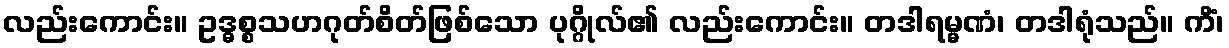
လည်းကောင်း။ ဥဒ္ဓစ္စသဟဂုတ်စိတ်ဖြစ်သော ပုဂ္ဂိုလ်၏ လည်းကောင်း။ တဒါရမ္မဏံ၊ တဒါရုံသည်။ ကိံ၊